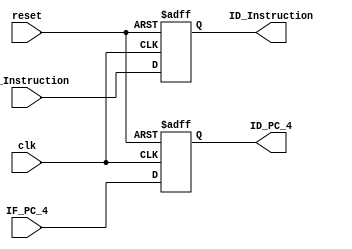
module IF_ID_Register 
(
    input clk,
    input reset,
    input [31:0] IF_Instruction,
    input [31:0] IF_PC_4,
	 output [31:0] ID_Instruction,
	 output [31:0] ID_PC_4
);

reg [31:0] Instruction;
reg [31:0] PC_4;

assign ID_Instruction = Instruction;
assign ID_PC_4 = PC_4;

always @(negedge reset or posedge clk) begin
    if (!reset)
	   begin
        Instruction <= 32'b0;
		  PC_4 <= 32'b0;
      end
	 else
	   begin
	     Instruction <= IF_Instruction;
		  PC_4 <= IF_PC_4;
		end
end

endmodule